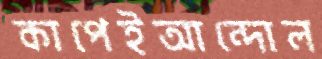
কাপেইআন্দোল